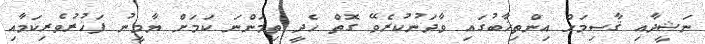
ނަޝީދާއި ޤާސިމަށް އިންތިޚާބުގައި ވާދަނުކުރެވޭ ގޮތް ހެދީ ތިމަންނަ ކަމަށް ޔާމީނު ފަޚުރުވެރިކަމާއި